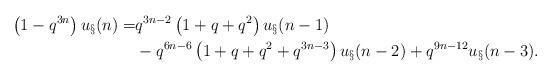
LaTeX: \begin{align*}\left(1 - q^{3n}\right) u_\S(n) = & q^{3n-2} \left(1 + q + q^2\right) u_\S(n-1) \\& - q^{6n-6} \left(1 + q + q^2 + q^{3n-3}\right) u_\S(n-2)+ q^{9n-12} u_\S(n-3).\end{align*}